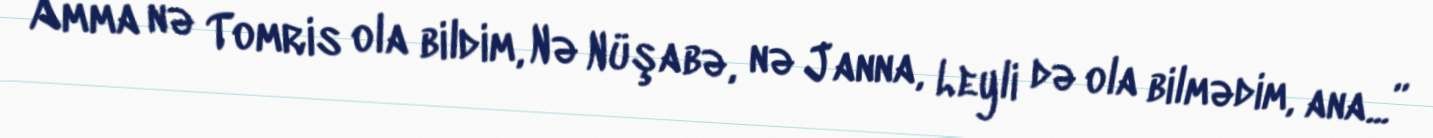
Amma nə Tomris ola bildim, Nə Nüşabə, nə Janna, Leyli də ola bilmədim, ana...”